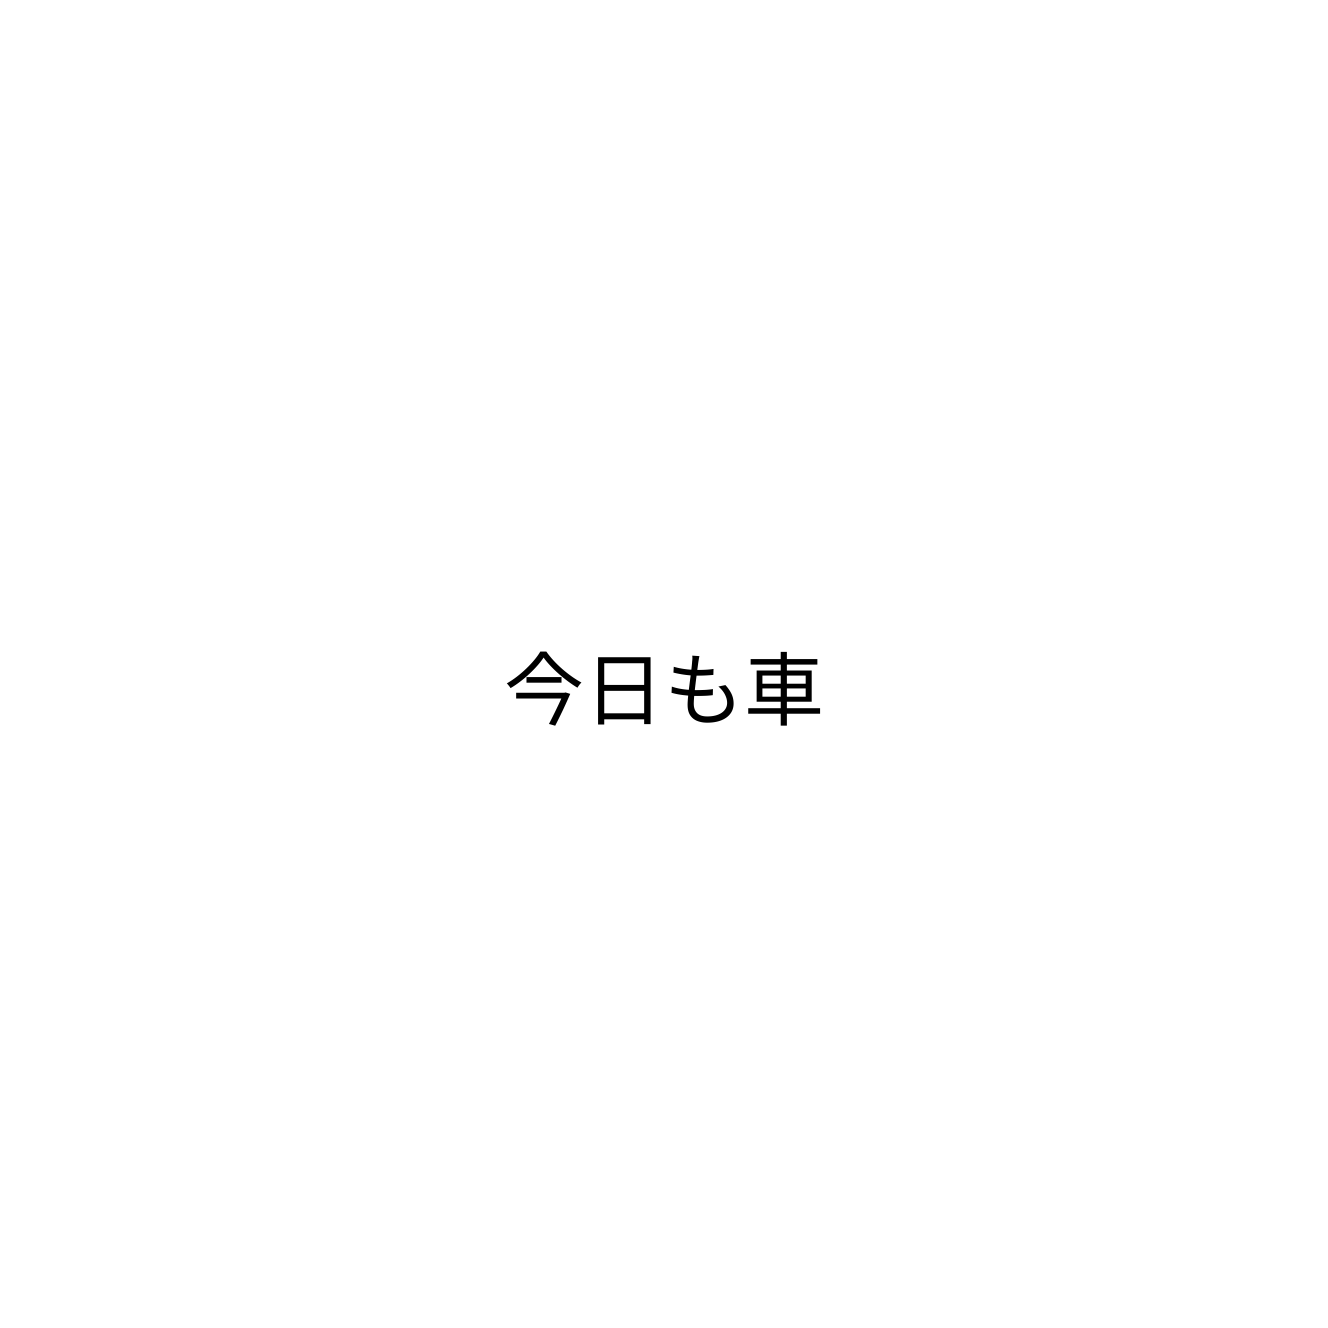
今日も車